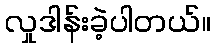
လှုဒါန်းခဲ့ပါတယ်။